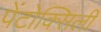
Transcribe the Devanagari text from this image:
पेंटोक्सिली